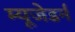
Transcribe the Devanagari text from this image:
म्यूजेडर्न